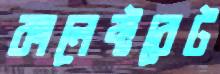
কালেক্টরেট